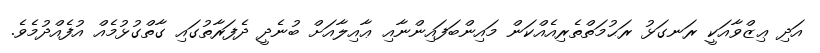
އަދި ޢިޒްވާއަކީ ރަނގަޅު ރަޙުމަތްތެރިއެއްކަން މައިންބަފައިންނާއި ޢާއިލާއަށް ބުނެދީ ދެފަރާތުގައި ގާތްގުޅުމެއް އުފެއްދުމެވެ.